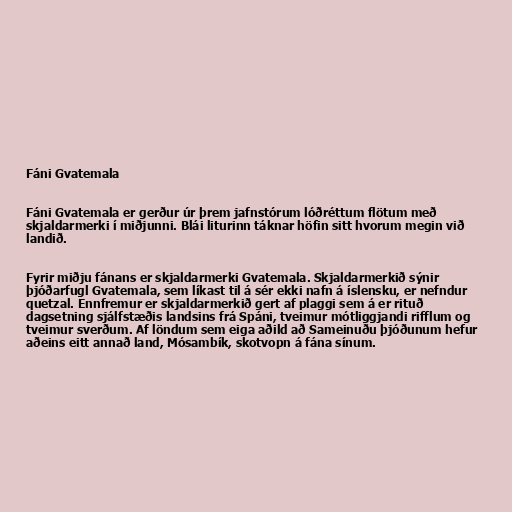
Fáni Gvatemala

Fáni Gvatemala er gerður úr þrem jafnstórum lóðréttum flötum með
skjaldarmerki í miðjunni. Blái liturinn táknar höfin sitt hvorum megin við
landið.

Fyrir miðju fánans er skjaldarmerki Gvatemala. Skjaldarmerkið sýnir
þjóðarfugl Gvatemala, sem líkast til á sér ekki nafn á íslensku, er nefndur
quetzal. Ennfremur er skjaldarmerkið gert af plaggi sem á er rituð
dagsetning sjálfstæðis landsins frá Spáni, tveimur mótliggjandi rifflum og
tveimur sverðum. Af löndum sem eiga aðild að Sameinuðu þjóðunum hefur
aðeins eitt annað land, Mósambík, skotvopn á fána sínum.